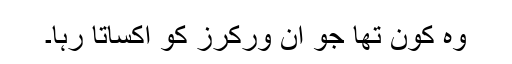
وہ کون تھا جو ان ورکرز کو اکساتا رہا۔